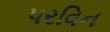
પરવિન